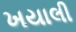
ખયાલી